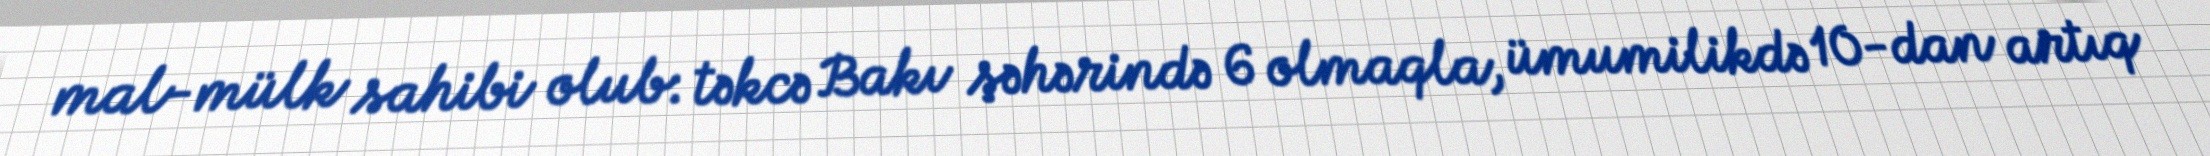
mal-mülk sahibi olub: təkcə Bakı şəhərində 6 olmaqla, ümumilikdə 10-dan artıq